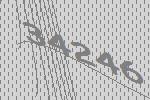
34246